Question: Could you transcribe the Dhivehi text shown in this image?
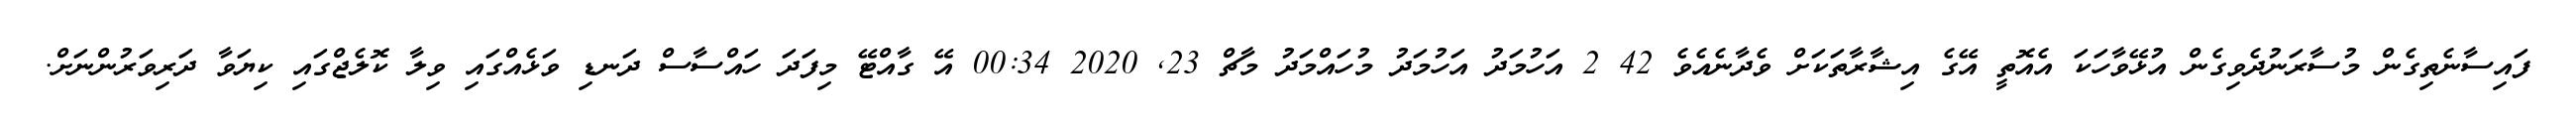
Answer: ފައިސާނެތިގެން މުސާރަނުދެވިގެން އުޅޭވާހަކަ އެއޮތީ އޭގެ އިޝާރާތަކަށް ވެދާނެއެވެ 42 2 އަހުމަދު އަހުމަދު މުހައްމަދު މާޗް 23, 2020 00:34 އޭ ގާއްޓޭ މިފަދަ ހައްސާސް ދަނޑި ވަޅެއްގައި ވިލާ ކޮލެޖްގައި ކިޔަވާ ދަރިވަރުންނަށް.